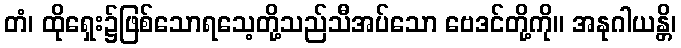
တံ၊ ထိုရှေး၌ဖြစ်သောရသေ့တို့သည်သီအပ်သော ဗေဒင်တို့ကို။ အနုဂါယန္တိ၊